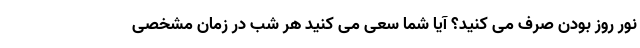
نور روز بودن صرف می کنید؟ آیا شما سعی می کنید هر شب در زمان مشخصی